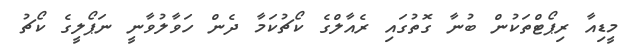
މީޑިއާ ރިޕޯޓްތަކުން ބުނާ ގޮތުގައި ރެއާލްގެ ކޯޗުކަމާ ދެން ހަވާލުވާނީ ނަޕޯލީގެ ކޯޗު